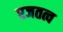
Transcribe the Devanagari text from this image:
रजतत्व